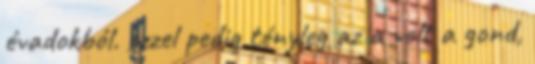
évadokból. ezzel pedig tényleg az a volt a gond,